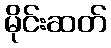
မိုင်းဆတ်